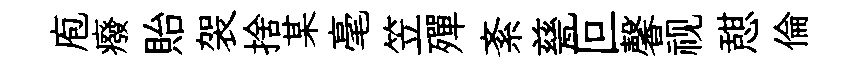
庖癈貽袈捨某毫笠殫紊甆叵馨视憇倫